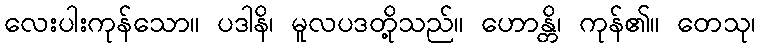
လေးပါးကုန်သော။ ပဒါနိ၊ မူလပဒတို့သည်။ ဟောန္တိ၊ ကုန်၏။ တေသု၊